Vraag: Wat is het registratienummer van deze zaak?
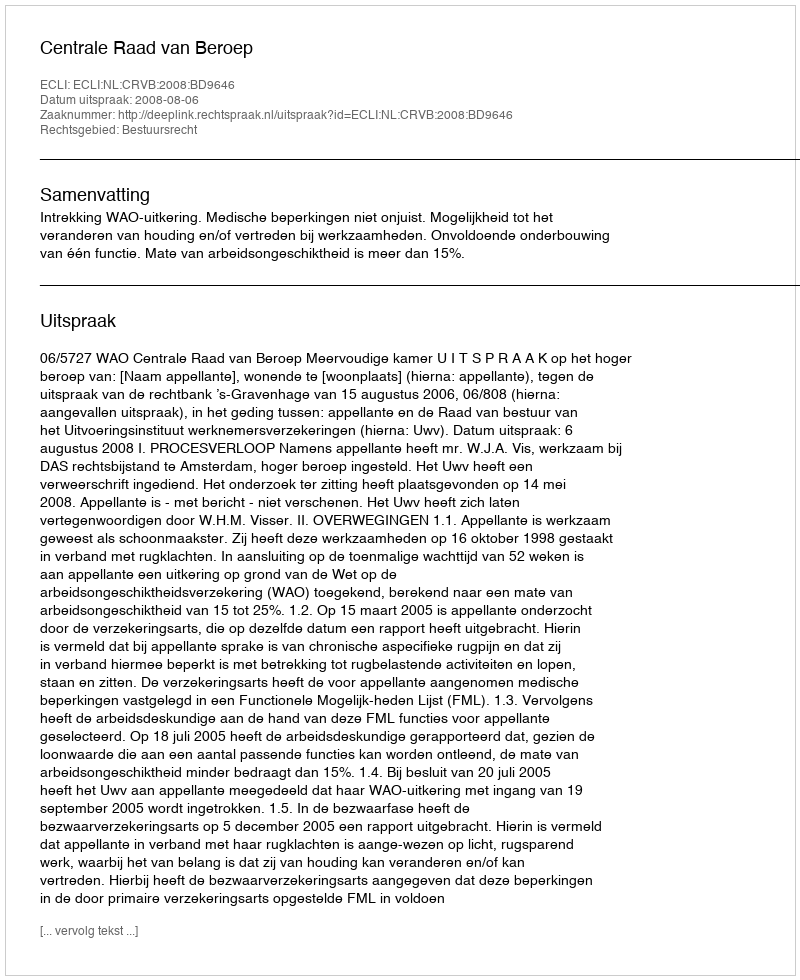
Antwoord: http://deeplink.rechtspraak.nl/uitspraak?id=ECLI:NL:CRVB:2008:BD9646